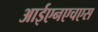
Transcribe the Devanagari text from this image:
आईएनएचएस